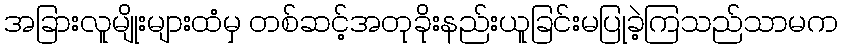
အခြားလူမျိုးများထံမှ တစ်ဆင့်အတုခိုးနည်းယူခြင်းမပြုခဲ့ကြသည်သာမက